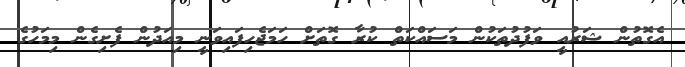
އެގޮތުން ޝަރުއީ ވަފުދުތަކުން މަސައްކަތް ކުރާ ގޮތަށް ހަމަޖެހިފައިވަނީ މިއަދުން ފެށިގެން މިމަހުގެ